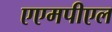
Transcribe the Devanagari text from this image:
एएमपीएल